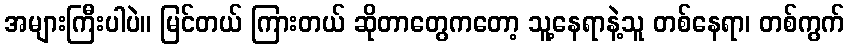
အများကြီးပါပဲ။ မြင်တယ် ကြားတယ် ဆိုတာတွေကတော့ သူ့နေရာနဲ့သူ တစ်နေရာ၊ တစ်ကွက်